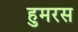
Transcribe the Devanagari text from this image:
हुमरस